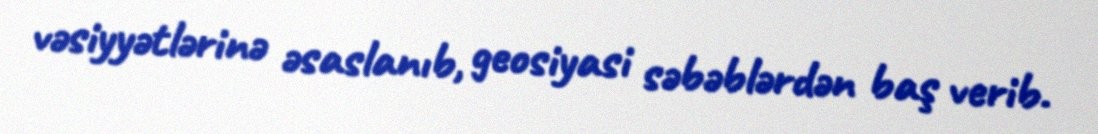
vəsiyyətlərinə əsaslanıb, geosiyasi səbəblərdən baş verib.